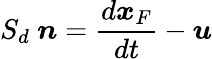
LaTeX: S_{d}~\boldsymbol{n}=\frac{d\boldsymbol{x}_{F}}{dt}-\boldsymbol{u}